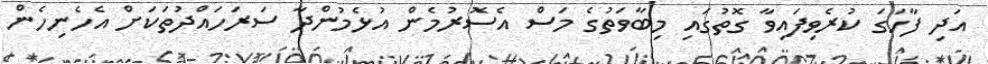
އަދި ފާހަގަ ކުރެވިފައިވާ ގޮތުގައި މިބާވަތުގެ މަސް އެސޮރުމެން އުޅެމުންދާ ސަރަހައްދުތަކަށް އެހެނިހެން